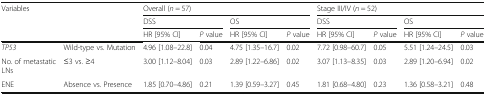
| <ROWSPAN=3-COLSPAN=2> Variables | <COLSPAN=4> Overall (n = 57) | <COLSPAN=4> Stage III/IV (n = 52) |
 | <COLSPAN=2> DSS | <COLSPAN=2> OS | <COLSPAN=2> DSS | <COLSPAN=2> OS |
 | HR [95% CI] | P value | HR [95% CI] | P value | HR [95% CI] | P value | HR [95% CI] | P value |
 | --- | --- | --- | --- | --- | --- | --- | --- | --- | --- |
 | TP53 | Wild-type vs. Mutation | 4.96 [1.08–22.8] | 0.04 | 4.75 [1.35–16.7] | 0.02 | 7.72 [0.98–60.7] | 0.05 | 5.51 [1.24–24.5] | 0.03 |
 | No. of metastatic LNs | ≤3 vs. ≥4 | 3.00 [1.12–8.04] | 0.03 | 2.89 [1.22–6.86] | 0.02 | 3.07 [1.13–8.35] | 0.03 | 2.89 [1.20–6.94] | 0.02 |
 | ENE | Absence vs. Presence | 1.85 [0.70–4.86] | 0.21 | 1.39 [0.59–3.27] | 0.45 | 1.81 [0.68–4.80] | 0.23 | 1.36 [0.58–3.21] | 0.48 |